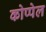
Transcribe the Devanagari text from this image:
कोप्पेल